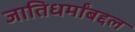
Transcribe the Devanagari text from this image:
जातिधर्मांबद्दल